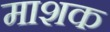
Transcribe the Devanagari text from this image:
माशक